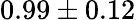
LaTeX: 0.99\pm 0.12